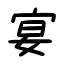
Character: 宴